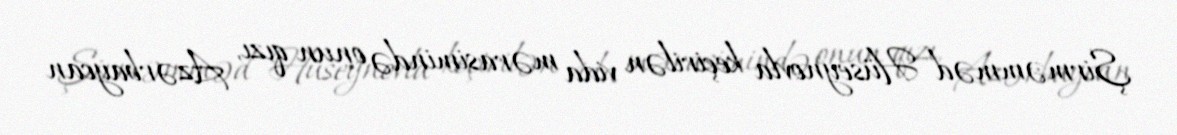
Şirməmməd Hüseynovla keçirilən vida mərasimində onun qızı, Azərbaycan